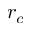
r _ { c }